Civil Veterinary Department. United Provinces 1912-22 - 1912-1922
Year: 1912
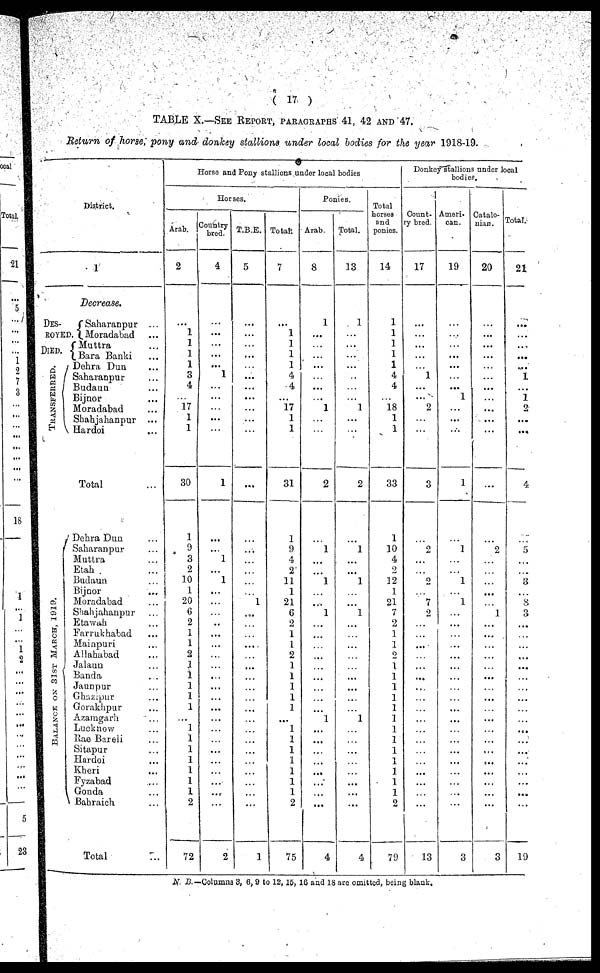
(17)
TABLE X.—SEE REPORT, PARAGRAPHS 41, 42 AND 47.
Return of horse, pony and donkey stallions under local bodies for the year 1918-19.
District.
1
Decrease.
DES-
ROYED.
DIED.
TRANSFERRED.
Saharanpur ...
Moradabad ...
Muttra ...
Bara Banki ...
Dehra Dun ...
Saharanpur ...
Budaun ...
Bijnor ...
Moradabad ...
Shahjahanpur ...
Hardoi ...
Total ...
BALANCE ON 31ST MARCH , 1919.
Dehra Dun ...
Saharanpur ...
Muttra ...
Etah ...
Budaun ...
Bijnor ...
Moradabad ...
Shahjahanpur ...
Etawah ...
Farrukhabad ...
Mainpuri ...
Allahabad ...
Jalaun ...
Banda ...
Jaunpur ...
Ghuzipur ...
Gorakhpur ...
Azamgarh ...
Lucknow ...
Rae Bareli ...
Sitapur ...
Hardoi ...
Kheri ...
Fyzabad ...
Gonda ...
Bahraich ...
Total ...
Horse and Pony stallions under local bodies
Horses.
Arab.
2
...
1
1
1
1
3
4
17
1
1
30
1
9
3
2
10
1
20
6
2
1
1
2
1
1
1
1
1
...
1
1
1
1
1
1
1
2
72
Country
bred.
4
...
...
....
...
...
1
...
...
...
...
...
1
...
...
1
...
1
...
...
...
..
...
...
...
...
...
...
...
...
...
...
...
...
...
...
...
...
...
2
T.B.E.
5
...
...
...
...
...
...
...
...
...
...
...
...
...
...
...
...
...
...
1
...
...
...
...
...
...
...
...
...
...
...
...
...
...
...
...
...
...
...
1
Total.
7
...
1
1
1
1
4
4
...
17
1
1
31
1
9
4
2
11
1
21
6
2
1
1
2
1
1
1
1
1
...
1
1
1
1
1
1
1
2
75
Ponies.
Arab.
8
1
...
...
...
...
...
...
...
1
...
....
2
...
1
...
...
1
...
...
1
...
...
...
...
...
...
...
...
...
1
...
...
...
...
...
...
...
...
4
Total.
13
1
...
...
...
...
...
...
...
1
...
...
2
...
1
...
...
1
...
...
1
...
...
...
...
...
...
...
...
...
1
...
...
...
...
...
...
...
...
4
Total
horses
and
ponies.
14
1
1
1
1
1
4
4
...
18
1
1
33
1
10
4
2
12
1
21
7
2
1
1
2
1
1
1
1
1
1
1
1
1
1
1
1
1
2
79
Donkey stallions under local
bodies.
Count-
ry bred.
17
...
...
...
...
...
1
...
...
2
...
...
3
...
2
...
...
2
...
7
2
...
...
...
...
...
...
...
...
...
...
...
...
...
...
...
...
...
...
13
Ameri-
can.
19
...
...
...
...
...
...
...
1
...
...
...
1
1
...
...
1
...
1
...
...
...
...
...
...
..
...
...
...
...
...
...
...
...
...
...
...
...
3
Catalo-
nian.
20
...
...
...
...
...
...
...
...
...
...
...
...
2
...
...
...
...
...
1
...
...
...
...
...
...
...
...
...
...
...
...
...
...
...
...
...
...
3
Total.
21
...
...
...
... ...
1
...
1
2
...
...
4
5
...
...
3
...
8
3
...
...
...
...
...
...
..
...
...
...
...
...
...
...
...
...
...
...
19
N. B.—Columns 3, 6,9 to 12,15, 16 and 18 are omitted, being blank.